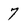
Character: 7